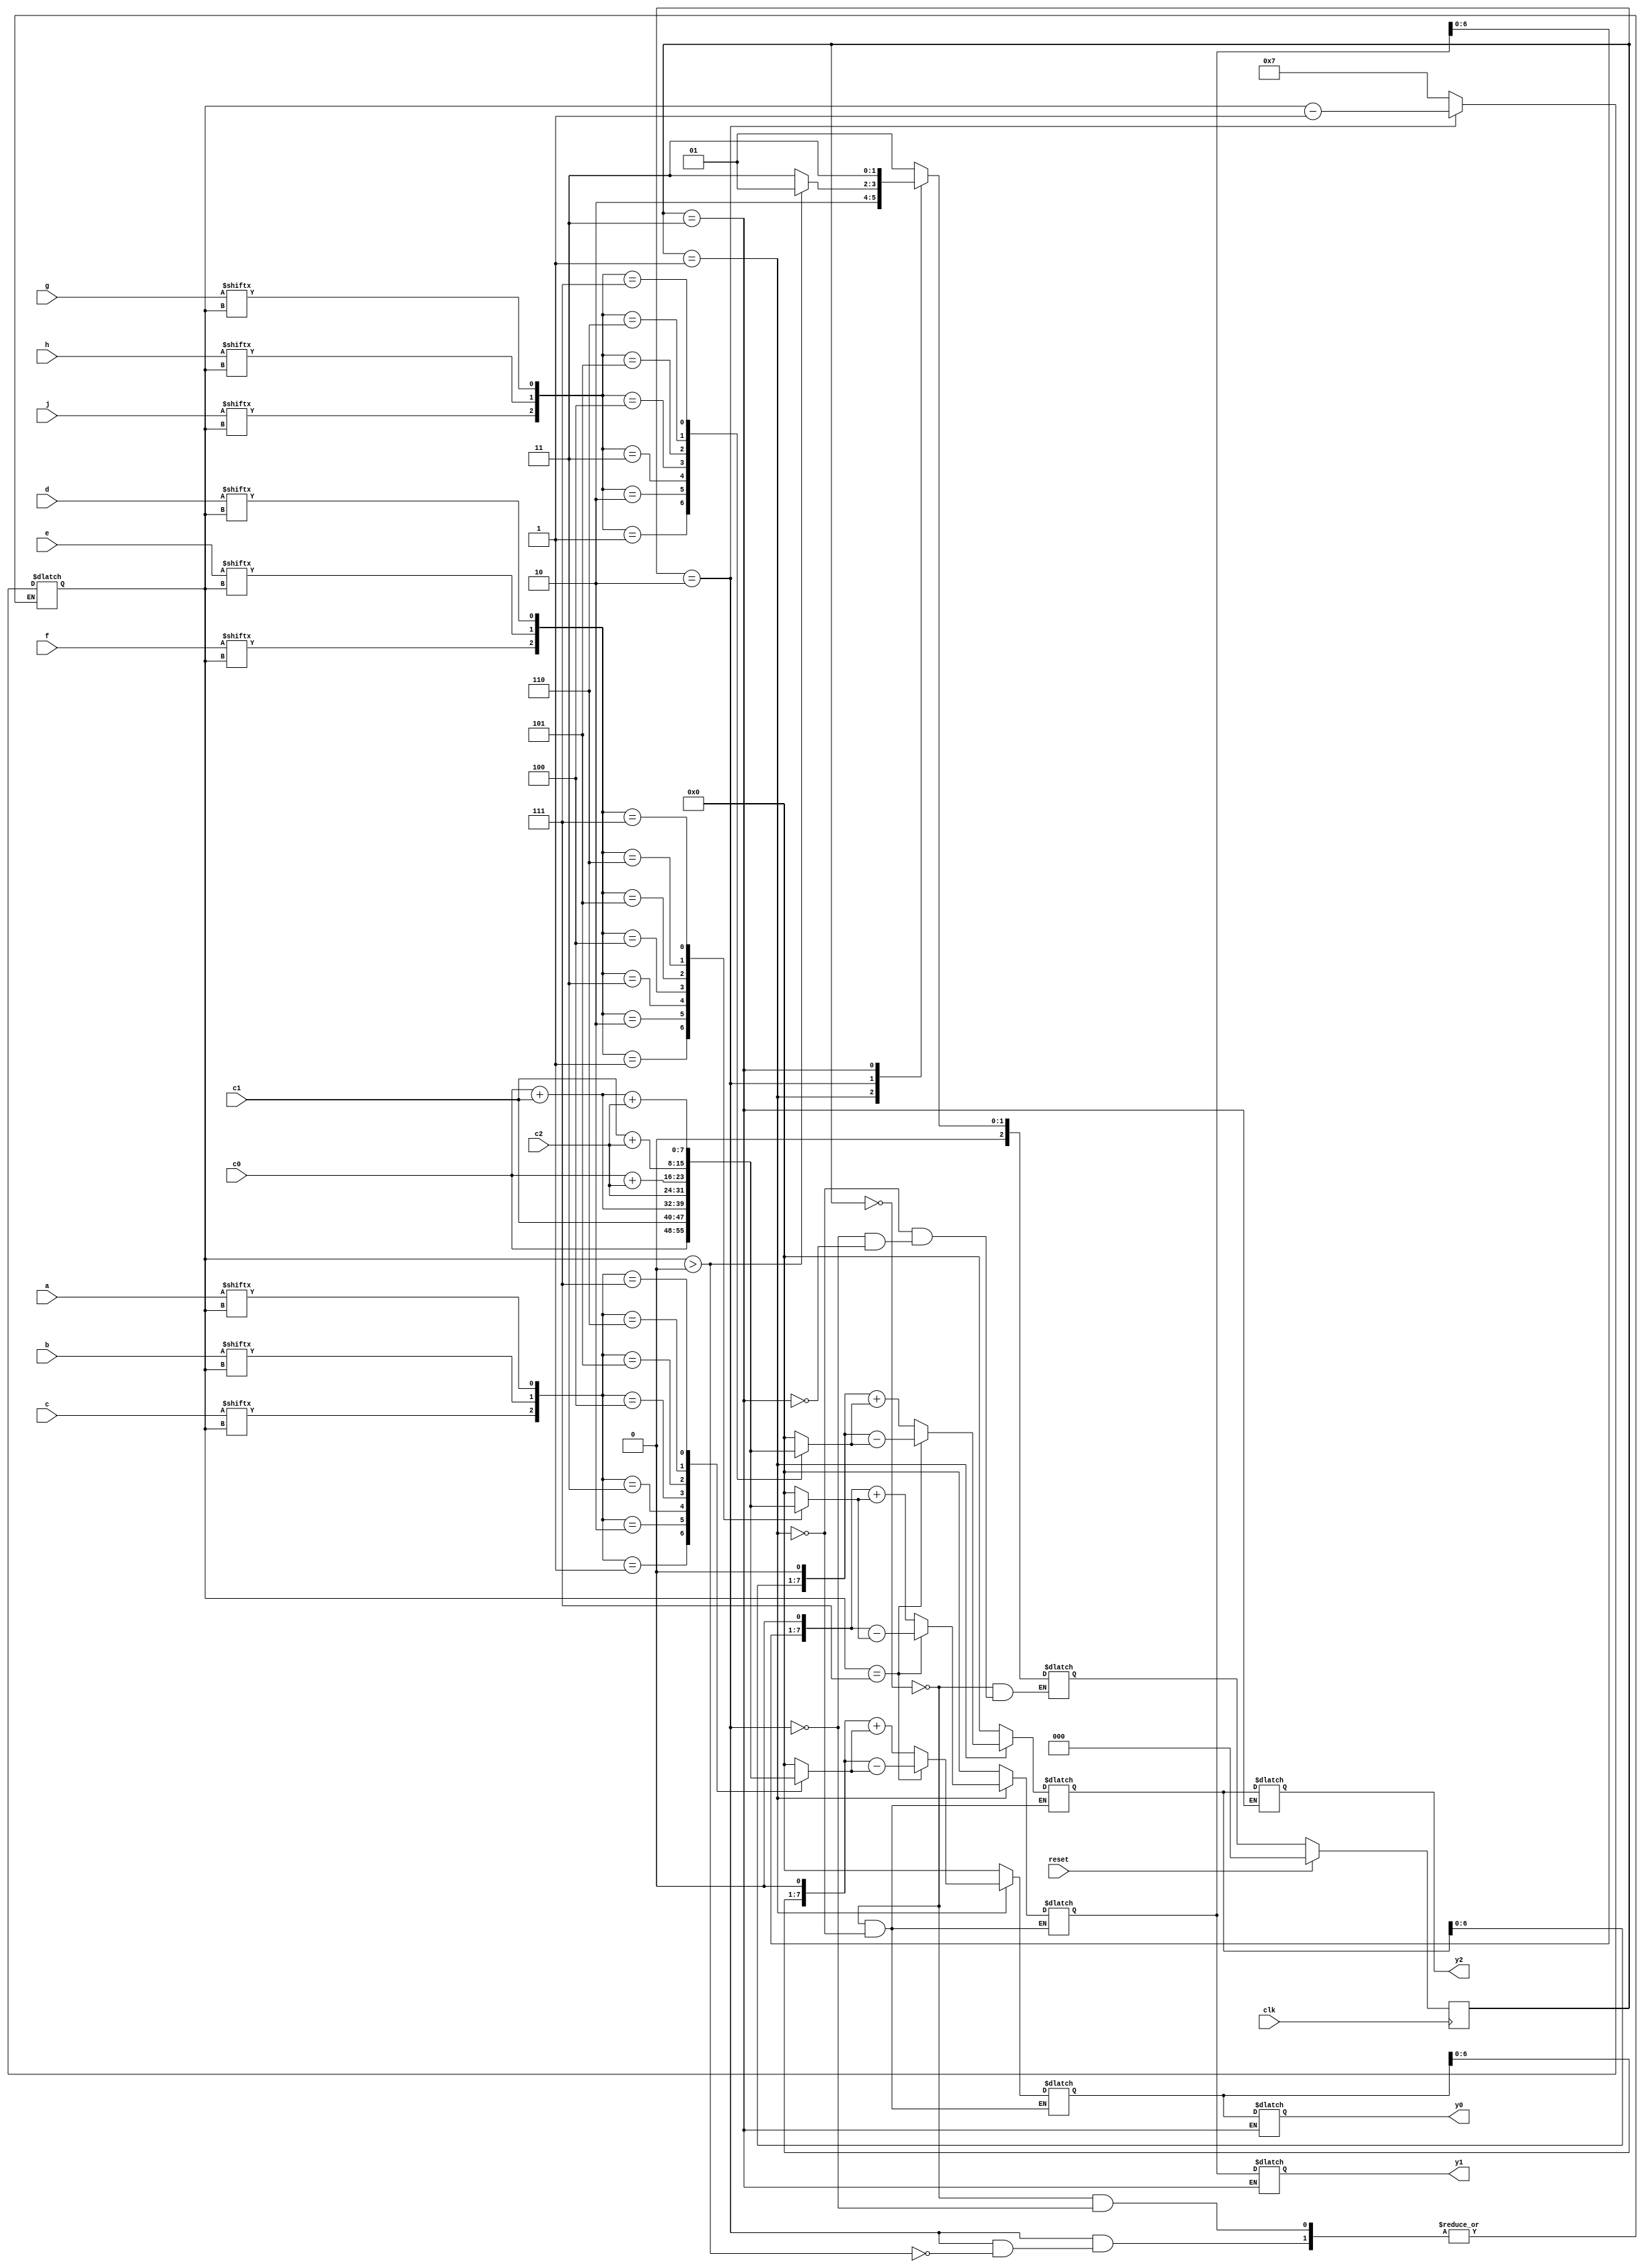
module mmda(a,b,c,d,e,f,g,h,j,c0,c1,c2,y0,y1,y2,clk,reset);
input [7:0]a,b,c,d,e,f,g,h,j,c0,c1,c2;
output reg [7:0]y0,y1,y2;
input clk,reset;
wire [7:0]mem[0:7];
reg [15:0] out,out1,out2;
reg[2:0]muxin,muxin1,muxin2;
assign mem[0] = 8'b0;
assign mem[1] = c0;
assign mem[2] = c1;
assign mem[3] = c0+c1;
assign mem[4]=c2;
assign mem[5]=c0+c2;
assign mem[6]=c1+c2;
assign mem[7]=c0+c1+c2;
parameter s0=3'd0,s1=3'd1,s2=3'd2,s3=3'd3;
reg [2:0]stage,nxtstage;
reg [3:0]i;
always @(posedge clk)
begin
if(reset)
stage <=s0;
else
stage<=nxtstage;
end


always @(*)
begin
case(stage)
s0:begin
    i<=4'd7;
    out<=16'b0;
    out1<=16'b0;
    out2<=16'b0;
    muxin<=3'b0;
    muxin1<=3'b0;
    muxin2<=3'b0;
    nxtstage <=s1;
   end
s1:begin
      muxin={c[i],b[i],a[i]};
      muxin1={f[i],e[i],d[i]};
      muxin2={j[i],h[i],g[i]};
      out= out<<1'b1;
      out1= out1<<1'b1;
      out2= out2<<1'b1;
          if(i==7)
          begin
           out =out- mem[muxin];
           out1 =out1- mem[muxin1];
           out2 =out2- mem[muxin2];
           nxtstage=s2;
           end
          else
          begin
           out =out+ mem[muxin]; 
           out1 =out1+ mem[muxin1];
           out2 =out2+ mem[muxin2];
           nxtstage=s2;
          end
   end
s2:begin
     if(i>0)
     begin
     i=i-1;
     nxtstage=s1;
     end
     else
     begin
     nxtstage=s3;
     end
   end
      
s3:begin
    y0<=out;
    y1<=out1;
    y2<=out2;
    nxtstage=s3;
   end  
endcase
end
endmodule